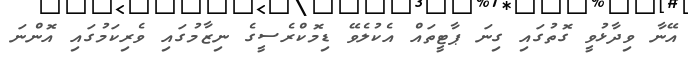
އޭނާ ވިދާޅުވީ ގޮތުގައި ގިނަ ޕާޓީތައް އެކުލެވޭ ޑިމޮކްރެސީގެ ނިޒާމުގައި ވެރިކަމުގައި އޮންނަ